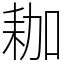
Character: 耞